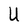
Character: U